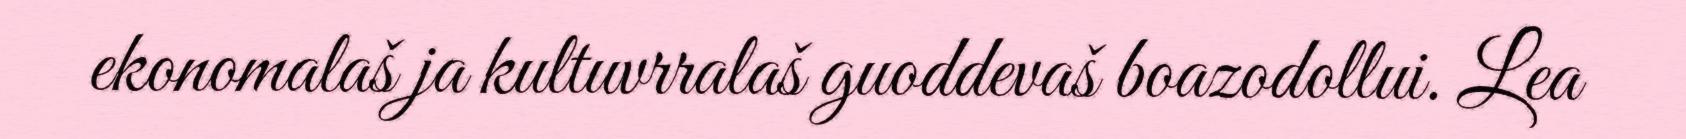
ekonomalaš ja kultuvrralaš guoddevaš boazodollui. Lea